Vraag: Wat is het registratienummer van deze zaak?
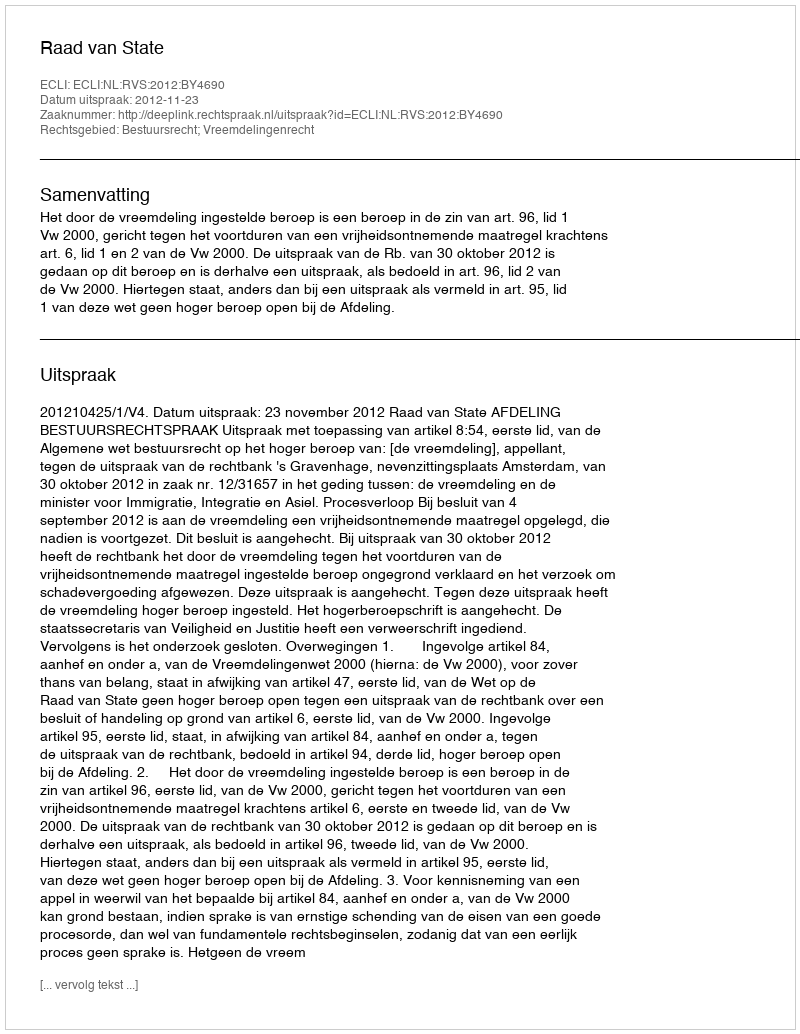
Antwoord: http://deeplink.rechtspraak.nl/uitspraak?id=ECLI:NL:RVS:2012:BY4690